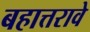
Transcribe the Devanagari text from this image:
बहात्तरावे